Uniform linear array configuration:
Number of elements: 4
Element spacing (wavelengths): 1
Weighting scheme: kaiser
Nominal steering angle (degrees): -15
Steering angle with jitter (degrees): -15.829
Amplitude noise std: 0.05
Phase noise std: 0.05

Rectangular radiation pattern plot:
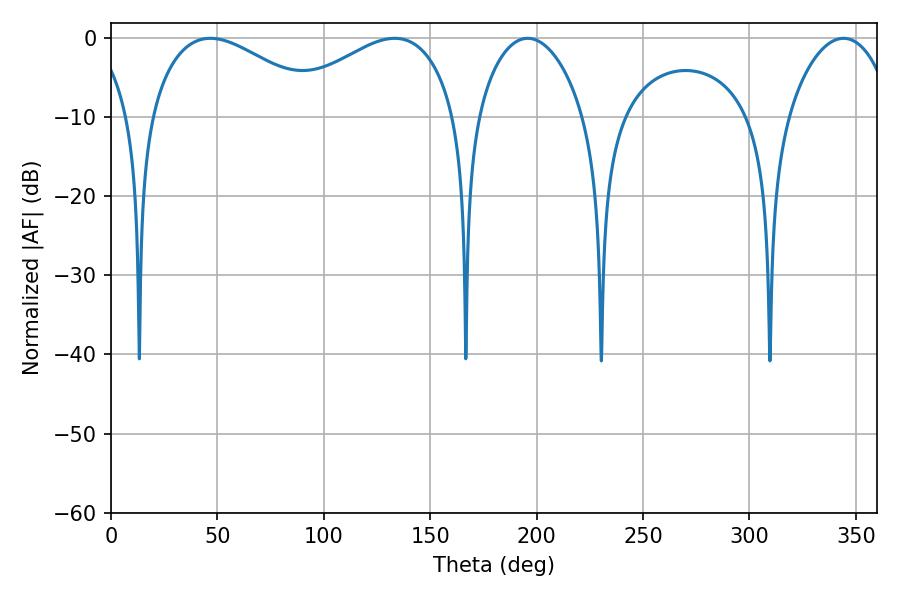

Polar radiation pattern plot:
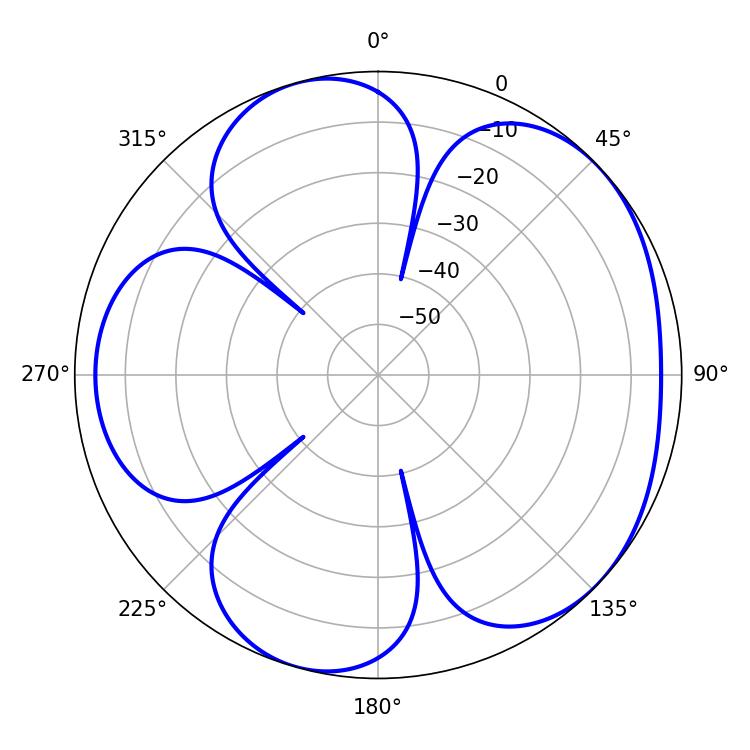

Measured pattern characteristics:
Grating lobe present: TRUE
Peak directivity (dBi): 4.856
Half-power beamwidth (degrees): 28.26
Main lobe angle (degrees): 195.84